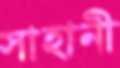
সাহানী